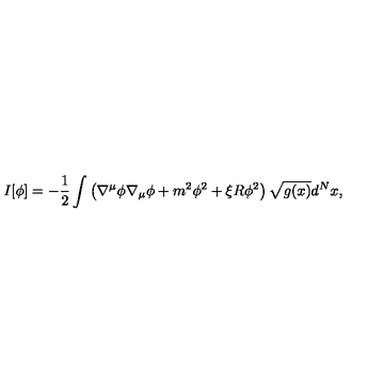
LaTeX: I [ \phi ] = - { \frac { 1 } { 2 } } \int \left( \nabla ^ { \mu } \phi \nabla _ { \mu } \phi + m ^ { 2 } \phi ^ { 2 } + \xi R \phi ^ { 2 } \right) \sqrt { g ( x ) } d ^ { N } x ,